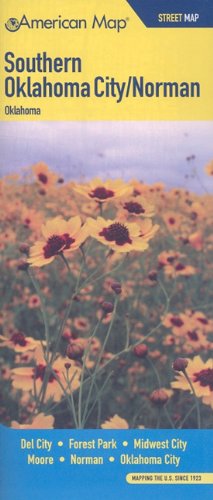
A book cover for Oklahoma Southern City / Norman OK Street Map; American Map; Travel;